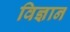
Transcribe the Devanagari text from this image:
विज्ञान